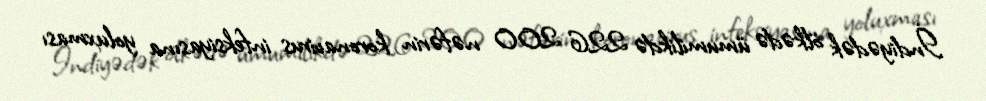
İndiyədək ölkədə ümumilikdə 226 200 nəfərin koronavirus infeksiyasına yoluxması